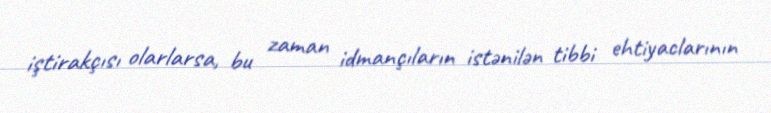
iştirakçısı olarlarsa, bu zaman idmançıların istənilən tibbi ehtiyaclarının